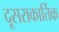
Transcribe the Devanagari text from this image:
दूसराकार्तिक